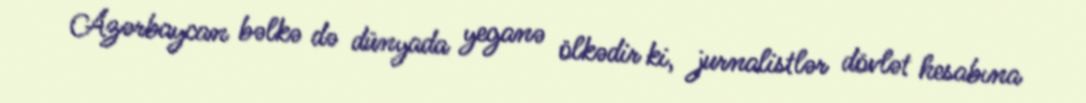
Azərbaycan bəlkə də dünyada yeganə ölkədir ki, jurnalistlər dövlət hesabına